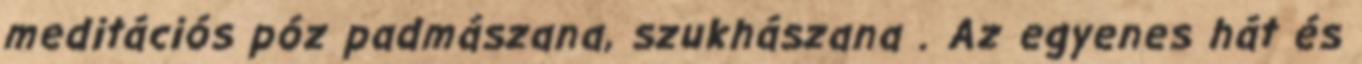
meditációs póz padmászana, szukhászana . Az egyenes hát és